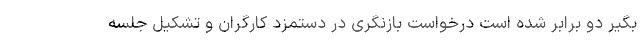
بگیر دو برابر شده است درخواست بازنگری در دستمزد کارگران و تشکیل جلسه